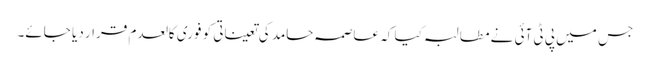
جس میں پی ٹی آئی نے مطالبہ کیا کہ عاصمہ حامد کی تعیناتی کو فوری کالعدم قرار دیا جائے۔